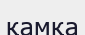
қамқа